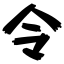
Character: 令